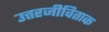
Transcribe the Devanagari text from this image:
उत्तरजीविताक